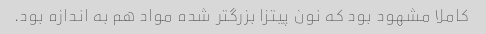
کاملا مشهود بود که نون پیتزا بزرگتر شده مواد هم به اندازه بود.